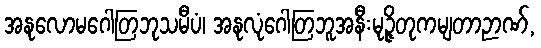
အနုလောမဂေါတြဘုသမီပံ၊ အနုလုံဂေါတြဘူအနီးမုဉ္ဇိတုကမျတာဉာဏ်,